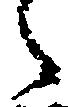
之